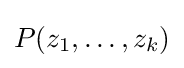
P(z_{1},\ldots ,z_{k})